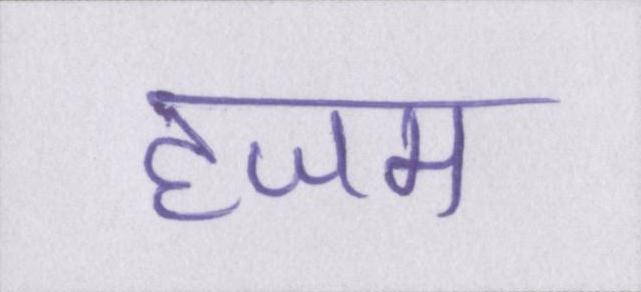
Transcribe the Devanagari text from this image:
हजम